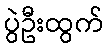
ပွဲဦးထွက်